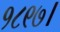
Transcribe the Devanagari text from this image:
१८९७।